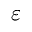
\varepsilon